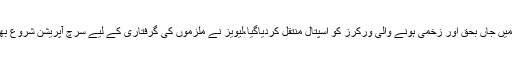
حملے میں جاں بحق اور زخمی ہونے والی ورکرز کو اسپتال منتقل کردیاگیا،لیویز نے ملزموں کی گرفتاری کے لیے سرچ آپریشن شروع بھی کیا ۔